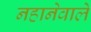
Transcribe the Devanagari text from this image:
नहानेवाले